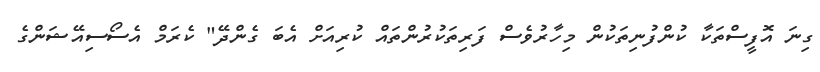
ގިނަ އޮފީސްތަކާ ކުންފުނިތަކުން މިހާރުވެސް ފަރިތަކުރުންތައް ކުރިއަށް އެބަ ގެންދޭ" ކެރަމް އެސޯސިއޭޝަންގެ